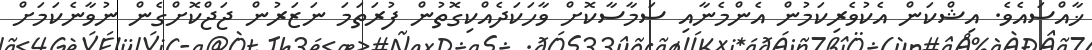
ޚާއްސައެވެ. އިޝްކަން އެކުވެރިކަމުން އެންމެނާއި ސަމާސާކޮށް ވާހަކަދެއްކިގޮތުން ފުރަތަމަ ނަޒަރުން ޖަޖްކޮށްގެން ނުވާނެކަމަށް